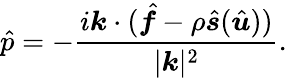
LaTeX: \hat{p}=-\frac{i\boldsymbol k\cdot(\hat{\boldsymbol f}-\rho\hat{\boldsymbol s}(\hat{\boldsymbol u}))}{|\boldsymbol k|^{2}}.